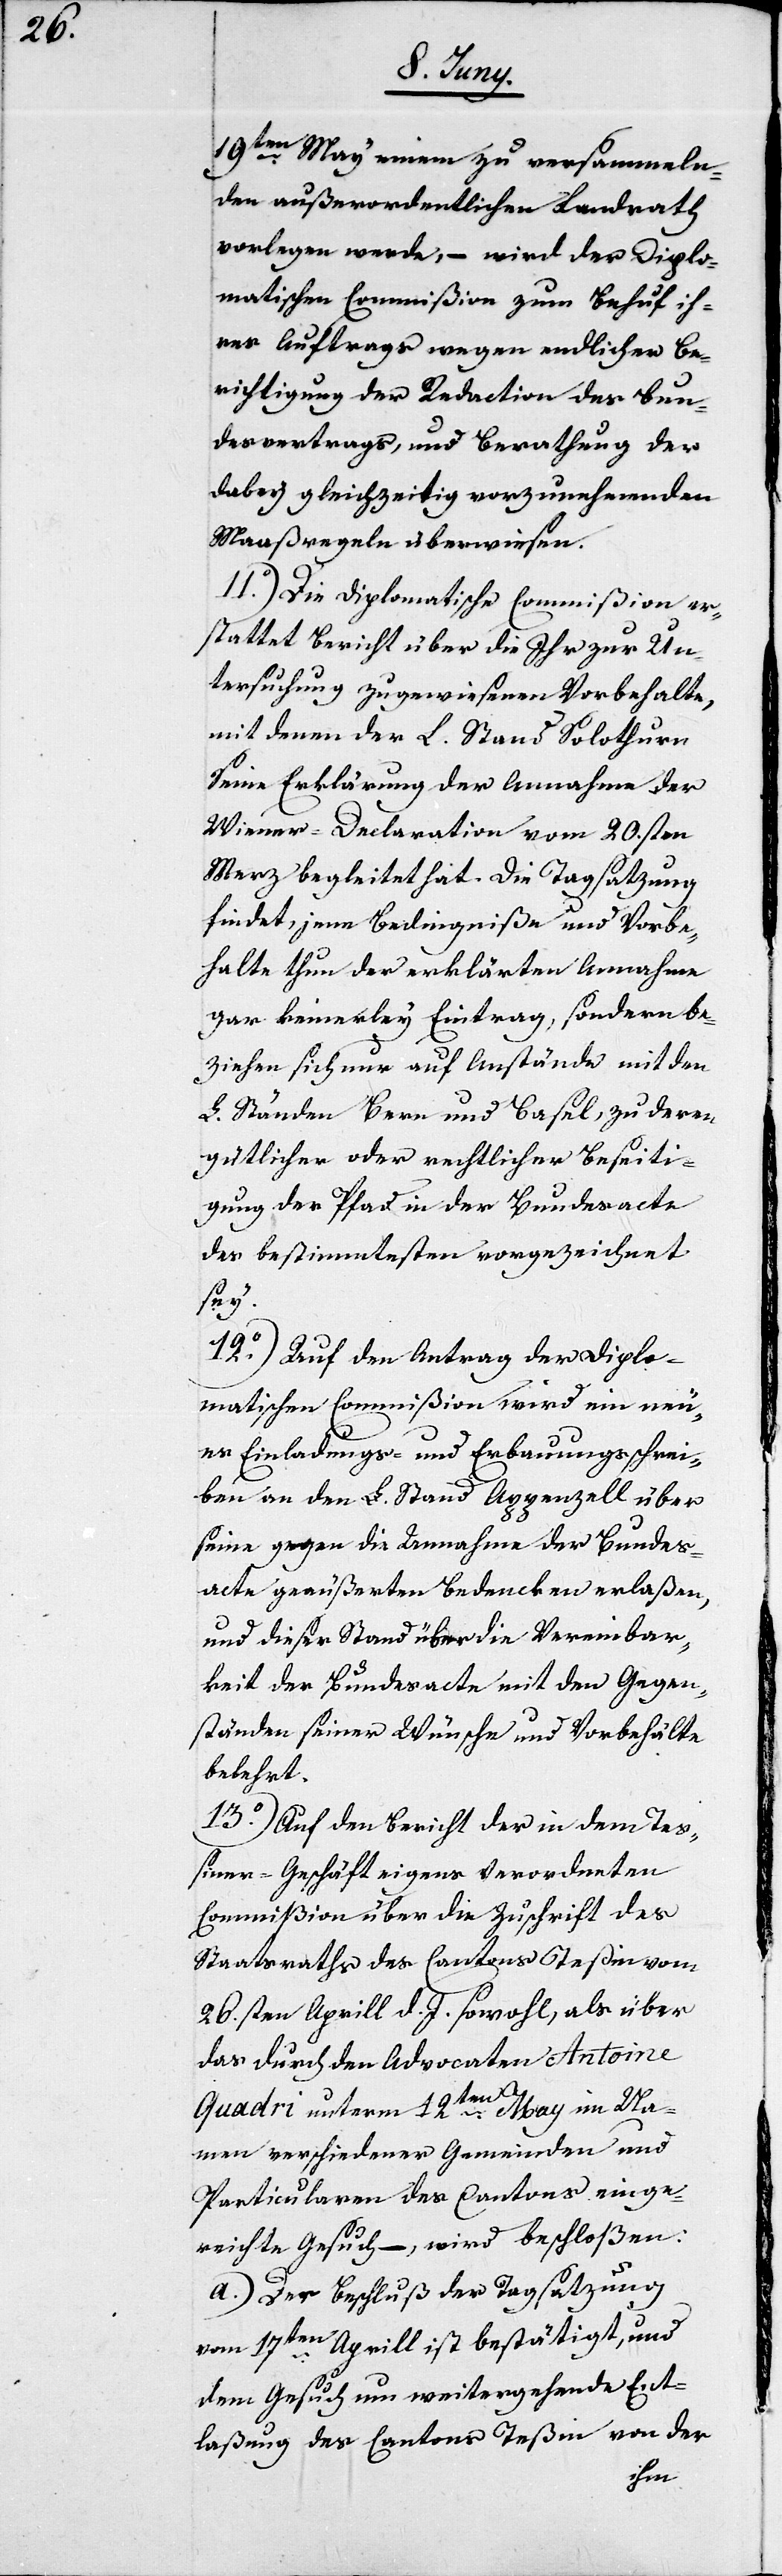
19ten May einem zu versammeln¬
den außerordentlichen Landrath
vorlegen werde, – wird der Diplo¬
matischen Commißion zum Behuf ih¬
res Auftrags wegen endlicher Be¬
richtigung der Reduction des Bun¬
desvertrags, und Berathung der
dabey gleichzeitig vorzunehmenden
Maaßregeln überwiesen.
11o) Die Diplomatische Commißion er¬
stattet Bericht über die Ihr zur Un¬
tersuchung zugewiesenen Vorbehalte,
mit denen der L. Stand Solothurn
seine Erklärung der Annahme der
Wiener-Declaration vom 20.sten
Merz begleitet hat. Die Tagsatzung
findet, jene Bedingniße und Vorbe¬
halte thun der erklärten Annahme
gar keinerley Eintrag, sondern be¬
ziehen sich nur auf Anstände mit den
L. Ständen Bern und Basel, zu deren
gütlicher oder rechtlicher Beseiti¬
gung der Pfad in der Bundesacte
des bestimmtesten vorgezeichnet
sey.
12o) Auf den Antrag der Diplo¬
matischen Commißion wird ein neu¬
es Einladungs- und Erbauungsschrei¬
ben an den L. Stand Appenzell über
seine gegen die Annahme der Bundes¬
acte geäußerten Bedencken erlaßen,
und dieser Stand über die Vereinbar¬
keit der Bundesacte mit den Gegen¬
ständen seiner Wüsche und Vorbehalte
belehrt.
13o) Auf den Bericht der in dem Teß¬
iner-Geschäft eigens verordneten
Commißion über die Zuschrift des
Staatsraths des Cantons Teßin vom
26.sten Aprill d. J. sowohl, als über
das durch den Advocaten Antoine
Quadri unterm 12ten May im Na¬
men verschiedener Gemeinden und
Particularen des Cantons einge¬
reichte Gesuch – , wird beschloßen:
a.) Der Beschluß der Tagsatzung
vom 17ten Aprill ist bestätigt, und
dem Gesuch um weitergehende Ent¬
laßung des Cantons Teßin von der